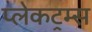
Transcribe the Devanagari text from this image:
प्लेकट्रम्स